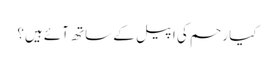
کیا رحم کی اپیل کے ساتھ آئے ہیں؟